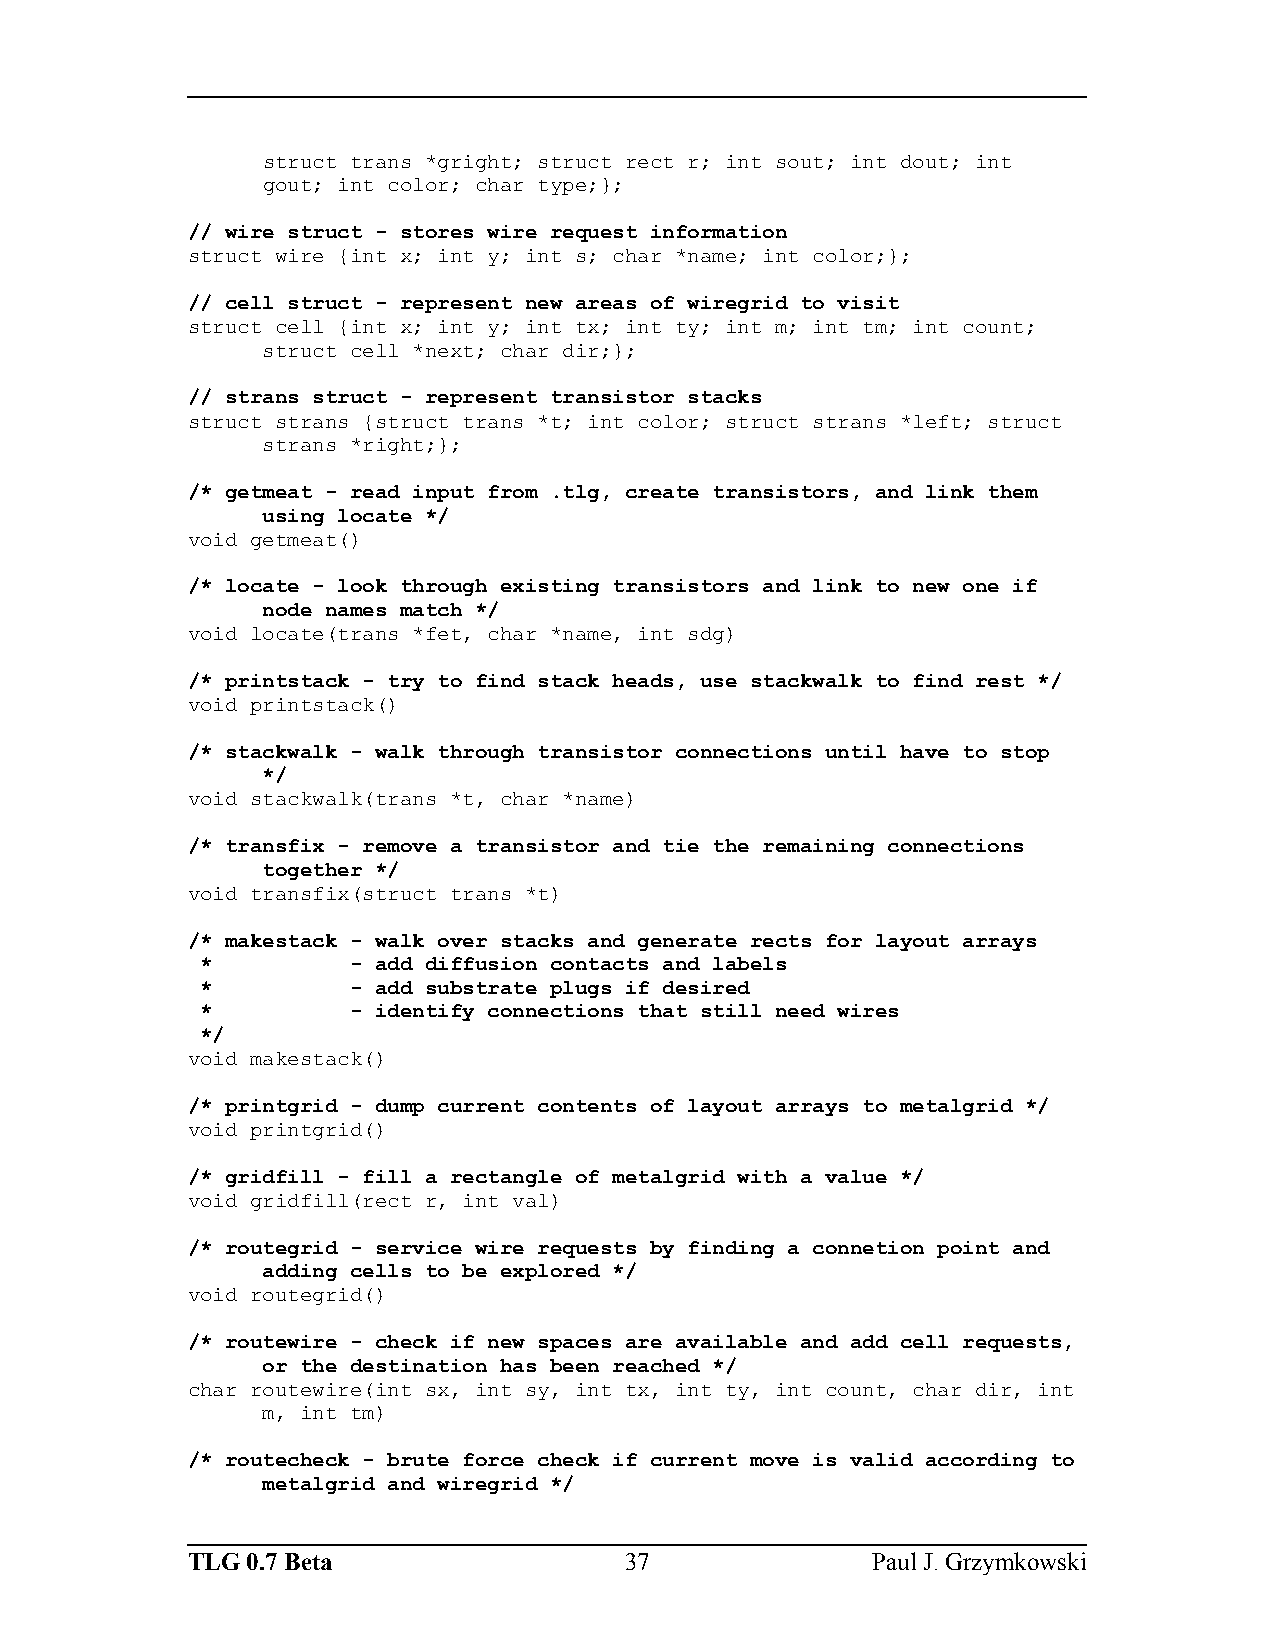
struct trans *gright; struct rect r; int sout; int dout; int
 gout; int color; char type;};
 // wire struct - stores wire request information
 struct wire {int x; int y; int s; char *name; int color;};
 // cell struct - represent new areas of wiregrid to visit
 struct cell {int x; int y; int tx; int ty; int m; int tm; int count;
 struct cell *next; char dir;};
 // strans struct - represent transistor stacks
 struct strans {struct trans *t; int color; struct strans *left; struct
 strans *right;};
 /* getmeat - read input from .tlg, create transistors, and link them
 using locate */
 void getmeat()
 /* locate - look through existing transistors and link to new one if
 node names match */
 void locate(trans *fet, char *name, int sdg)
 /* printstack - try to find stack heads, use stackwalk to find rest */
 void printstack()
 /* stackwalk - walk through transistor connections until have to stop
 */
 void stackwalk(trans *t, char *name)
 /* transfix - remove a transistor and tie the remaining connections
 together */
 void transfix(struct trans *t)
 /* makestack - walk over stacks and generate rects for layout arrays
 *         - add diffusion contacts and labels
 *         - add substrate plugs if desired
 *         - identify connections that still need wires
 */
 void makestack()
 /* printgrid - dump current contents of layout arrays to metalgrid */
 void printgrid()
 /* gridfill - fill a rectangle of metalgrid with a value */
 void gridfill(rect r, int val)
 /* routegrid - service wire requests by finding a connetion point and
 adding cells to be explored */
 void routegrid()
 /* routewire - check if new spaces are available and add cell requests,
 or the destination has been reached */
 char routewire(int sx, int sy, int tx, int ty, int count, char dir, int
 m, int tm)
 /* routecheck - brute force check if current move is valid according to
 metalgrid and wiregrid */
 TLG 0.7 Beta                 37               Paul J. Grzymkowski